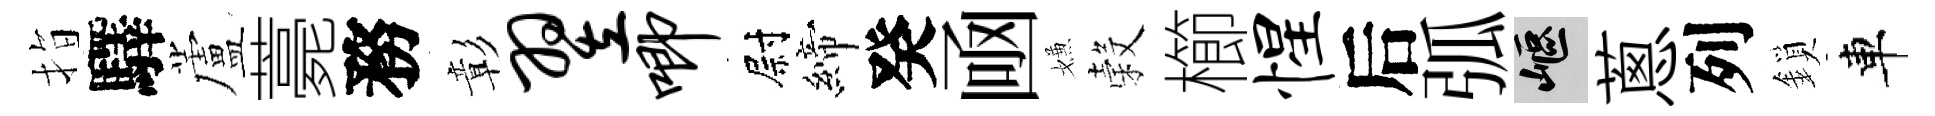
指驛蘆薧務彰翌唧尉締癸凾嫌穀櫛惺后弧嶇蔥列鎖車